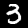
Label: 3